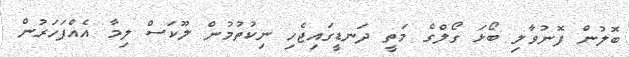
ބޮލުން ފޮނުވާލި ބޯޅަ ގޯލްގެ މަތީ ދަނޑީގައިޖެހި ނިކުތުމުން ލޫކަސް ލިމާ އެއްފަހަރުން